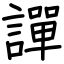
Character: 譂